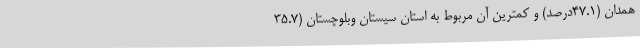
همدان (٤٧.١درصد) و کمترین آن مربوط به استان­ سیستان وبلوچستان (٣٥.٧